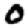
Digit: 0